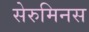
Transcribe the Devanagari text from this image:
सेरुमिनस